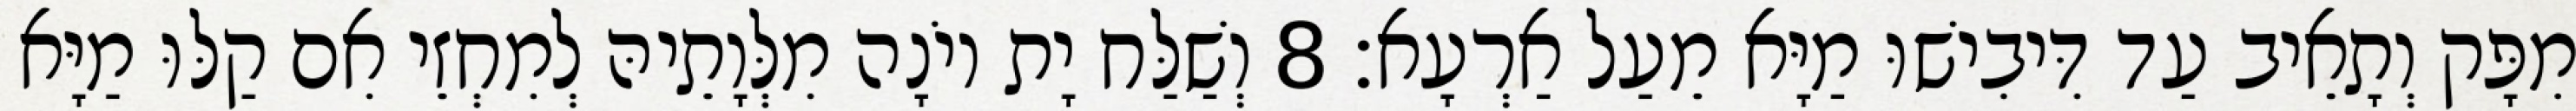
מִפָּק וְתָאֵיב עַד דִּיבִישׁוּ מַיָּא מֵעַל אַרְעָא׃ 8 וְשַׁלַּח יָת יוֹנָה מִלְּוָתֵיהּ לְמִחְזֵי אִם קַלּוּ מַיָּא